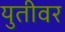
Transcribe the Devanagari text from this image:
युतीवर